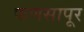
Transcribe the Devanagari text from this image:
फणसापूर